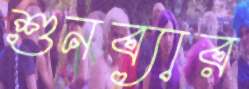
শুনব্যার